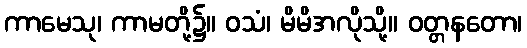
ကာမေသု၊ ကာမတို့၌။ ဝသံ၊ မိမိအလိုသို့။ ဝတ္တနတော၊